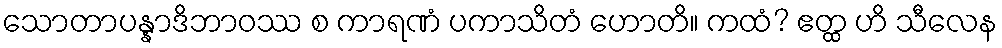
သောတာပန္နာဒိဘာဝဿ စ ကာရဏံ ပကာသိတံ ဟောတိ။ ကထံ? ဧတ္ထ ဟိ သီလေန